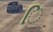
િ